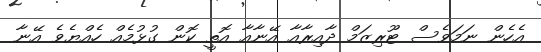
އެހެން ނަމަވެސް ޓޫރިޒަމް ދާއިރާއާ އޭނާއާ އޮތީ ކޮން ގުޅުމެއް ހެއްޔެވެ އޭނާ